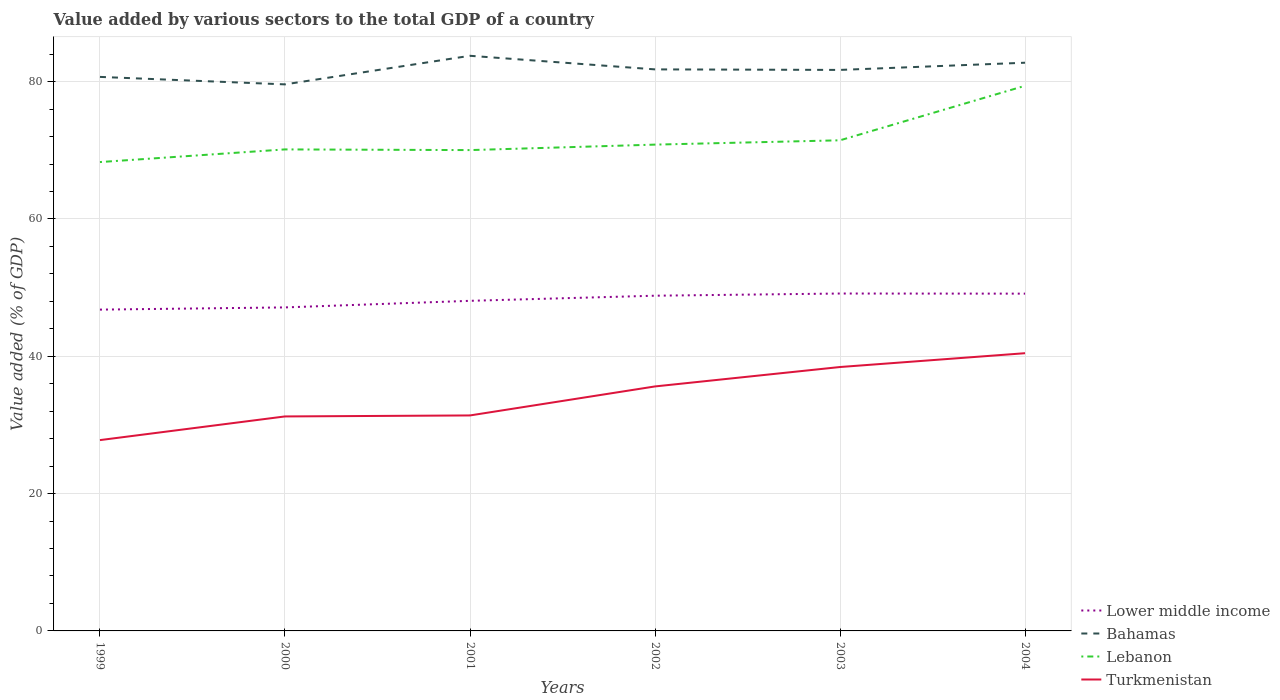
| Years | Lower middle income | Bahamas | Lebanon | Turkmenistan |
 | --- | --- | --- | --- | --- |
 | 1999 | 46.8 | 80.7 | 68.3 | 27.8 |
 | 2000 | 47.1 | 79.6 | 70.1 | 31.2 |
 | 2001 | 48.1 | 83.8 | 70 | 31.4 |
 | 2002 | 48.8 | 81.8 | 70.8 | 35.6 |
 | 2003 | 49.1 | 81.7 | 71.5 | 38.4 |
 | 2004 | 49.1 | 82.8 | 79.4 | 40.4 |